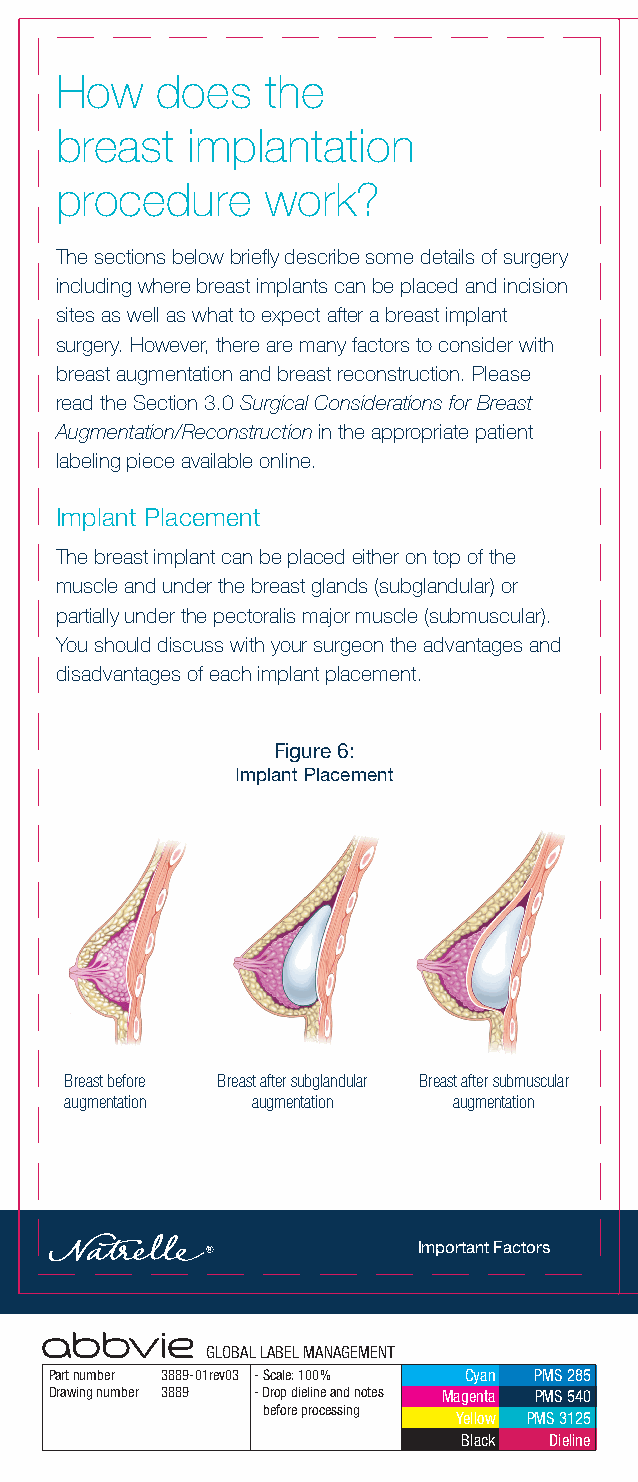
How   does    the
 breast  implantation
 procedure     work?
 The sections below briefly describe some details of surgery
 including where breast implants can be placed and incision
 sites as well as what to expect after a breast implant
 surgery. However, there are many factors to consider with
 breast augmentation and breast reconstruction. Please
 read the Section 3.0 Surgical Considerations for Breast
 Augmentation/Reconstruction in the appropriate patient
 labeling piece available online.
 Implant Placement
 The breast implant can be placed either on top of the
 muscle and under the breast glands (subglandular) or
 partially under the pectoralis major muscle (submuscular).
 You should discuss with your surgeon the advantages and
 disadvantages of each implant placement.
 Figure 6:
 Implant Placement
 Breast before Breast after subglandular Breast after submuscular
 augmentation augmentation augmentation
 Important Factors
 GLOBAL LABEL MANAGEMENT
 Part number 3889-01rev03 - Scale: 100% Cyan PMS 285
 Drawing number 3889 - Drop dieline and notes Magenta PMS 540
 before processing
 Yellow PMS 3125
 Black Dieline